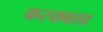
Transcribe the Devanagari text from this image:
करयबला